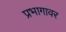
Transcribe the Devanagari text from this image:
प्रभागावर